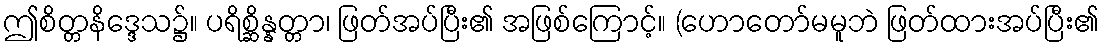
ဤစိတ္တနိဒ္ဒေသ၌။ ပရိစ္ဆိန္နတ္တာ၊ ဖြတ်အပ်ပြီး၏ အဖြစ်ကြောင့်။ (ဟောတော်မမူဘဲ ဖြတ်ထားအပ်ပြီး၏